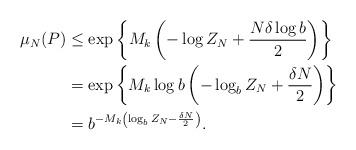
LaTeX: \begin{align*} \mu_N(P) & \leq \exp \left\{M_k \left(- \log Z_N + \frac{N \delta \log b}{2}\right)\right\} \\ & = \exp\left\{M_k \log b \left(-\log_b Z_N + \frac{\delta N}{2}\right)\right\} \\ & = b^{-M_k \left(\log_b Z_N - \frac{\delta N}{2}\right)}.\end{align*}